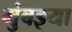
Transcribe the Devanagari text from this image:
मुंबइया